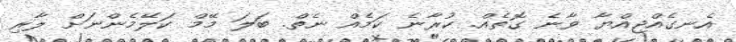
އެނގެއްޖިއްޔާ ވާނެ ގޮތެއް. ކުރާނެ ކަމެއް ނެތް. ބަލަ މޭމް ކަލޭމެންނަށް ލާރި